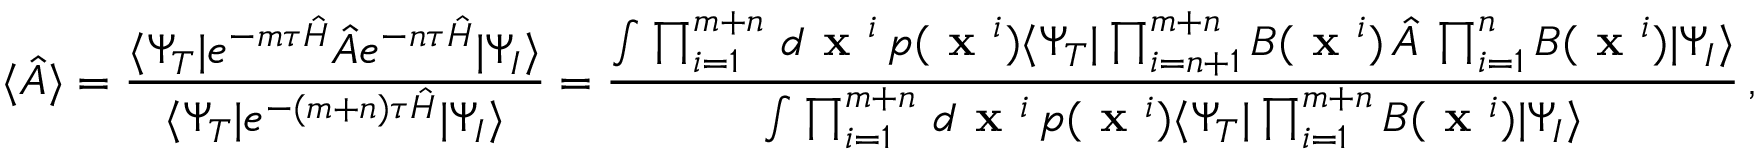
\langle \hat { A } \rangle = \frac { \langle \Psi _ { T } | e ^ { - m \tau \hat { H } } \hat { A } e ^ { - n \tau \hat { H } } | \Psi _ { I } \rangle } { \langle \Psi _ { T } | e ^ { - ( m + n ) \tau \hat { H } } | \Psi _ { I } \rangle } = \frac { \int \prod _ { i = 1 } ^ { m + n } \, d \textbf { x } ^ { i } \, p ( \textbf { x } ^ { i } ) \langle \Psi _ { T } | \prod _ { i = n + 1 } ^ { m + n } B ( \textbf { x } ^ { i } ) \, \hat { A } \, \prod _ { i = 1 } ^ { n } B ( \textbf { x } ^ { i } ) | \Psi _ { I } \rangle } { \int \prod _ { i = 1 } ^ { m + n } \, d \textbf { x } ^ { i } \, p ( \textbf { x } ^ { i } ) \langle \Psi _ { T } | \prod _ { i = 1 } ^ { m + n } B ( \textbf { x } ^ { i } ) | \Psi _ { I } \rangle } \, ,